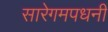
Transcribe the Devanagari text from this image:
सारेगमपधनी